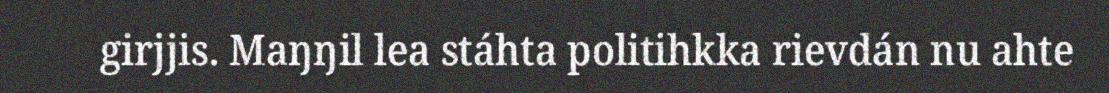
girjjis. Maŋŋil lea stáhta politihkka rievdán nu ahte